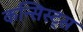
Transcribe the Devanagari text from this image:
कन्सिस्ट्स